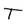
Character: T